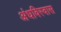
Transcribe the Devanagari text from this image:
अंधविस्वास